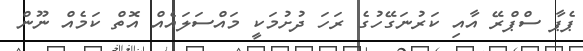
ޕެޕާ ސްޕްރޭ އާއި ކަރުނަގޭހުގެ ރަހަ ދުށުމަކީ މައްސަލައެއް އޮތް ކަމެއް ނޫން